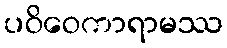
ပဝိဝေကာရာမဿ